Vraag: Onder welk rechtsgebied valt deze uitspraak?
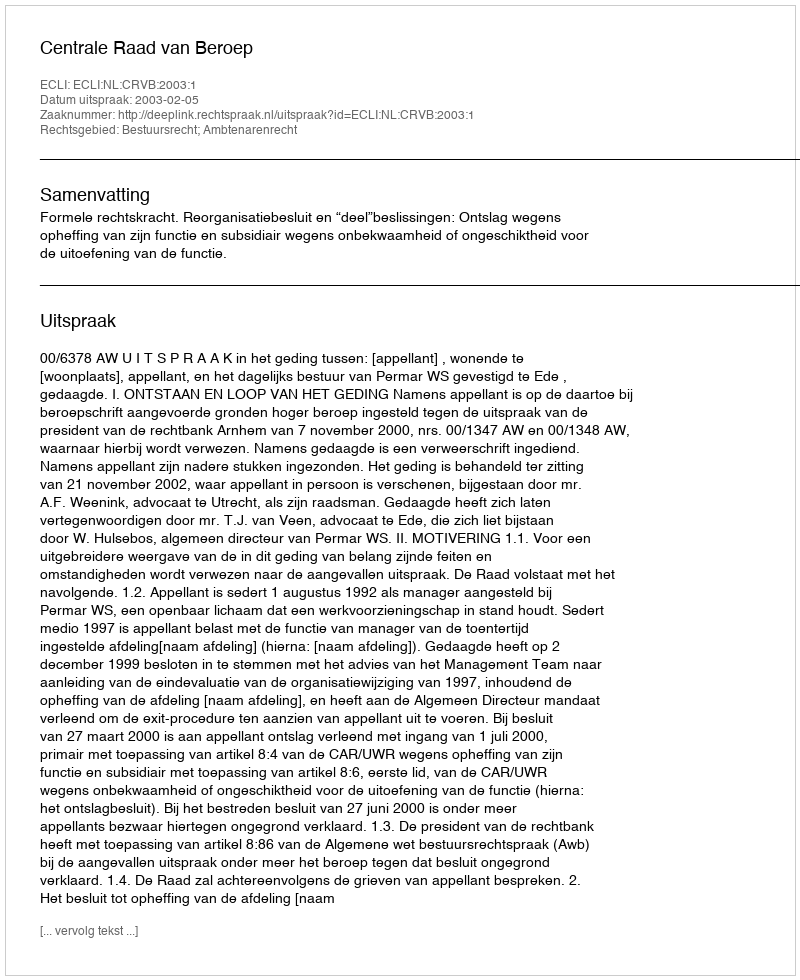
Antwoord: Bestuursrecht; Ambtenarenrecht